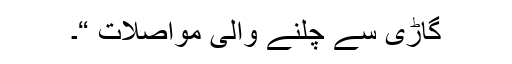
گاڑی سے چلنے والی مواصلات “۔